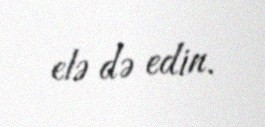
elə də edin.